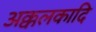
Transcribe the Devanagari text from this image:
अक्कलकादि